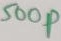
Text: 500P